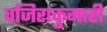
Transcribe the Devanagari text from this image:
वजिराकुमारी